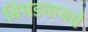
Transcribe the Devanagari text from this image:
बिघडवायचे